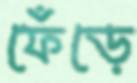
ফেঁড়ে